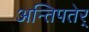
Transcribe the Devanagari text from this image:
अन्तिपतेर्